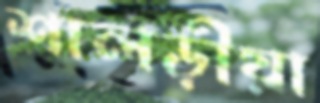
শালড়ীয়া